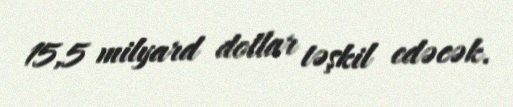
15,5 milyard dollar təşkil edəcək.